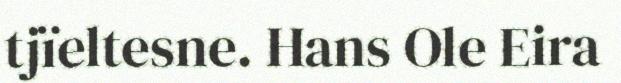
tjïeltesne. Hans Ole Eira